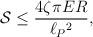
LaTeX: \begin{align*}{\cal S}\leq {4\zeta\pi ER\over \ell_P{}^2},\end{align*}